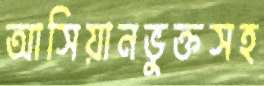
আসিয়ানভুক্তসহ